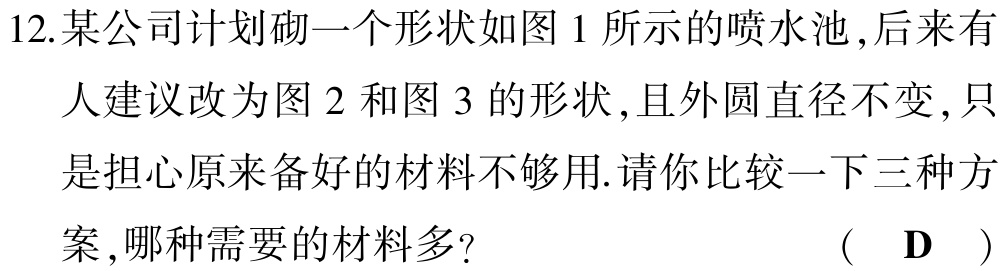
12.某公司计划砌一个形状如图 1 所示的喷水池 ,后来有人建议改为图 2 和图 3 的形状,且外圆直径不变 ,只是担心原来备好的材料不够用.请你比较一下三种方案 ,哪种需要的材料多? （ D ）